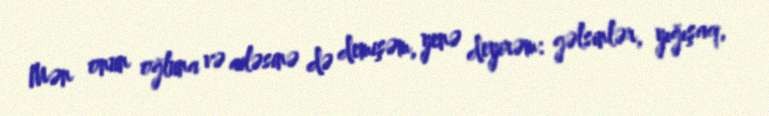
Mən onun oğluna və ailəsinə də demişəm, yenə deyirəm: gəlsinlər, yığışaq,